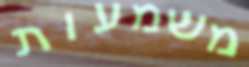
משמעות